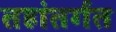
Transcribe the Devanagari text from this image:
तहांतर्गत